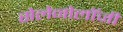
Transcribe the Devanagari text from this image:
सेलेनोलॉजी